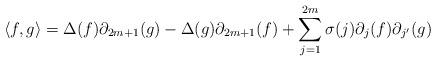
LaTeX: \begin{align*}\langle f,g\rangle=\Delta(f)\partial_{2m+1}(g)-\Delta(g)\partial_{2m+1}(f)+\sum_{j=1}^{2m}\sigma(j)\partial_j(f)\partial_{j'}(g)\end{align*}